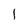
Character: I